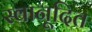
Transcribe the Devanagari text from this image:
स्वानूदित